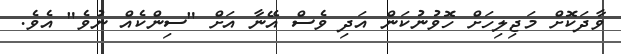
ވާދަކޮށް މަޖިލިހަށް ހޮވުނުކަން އަދި ވެސް އޭނާ އަށް "ސިންކެއް ނުވެ" އެވެ.